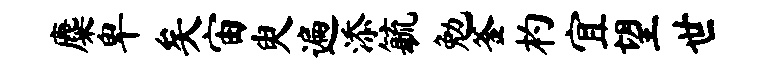
麋卑矣宙臾遍添毓勉釜杓宜望世